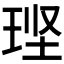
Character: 𮴚